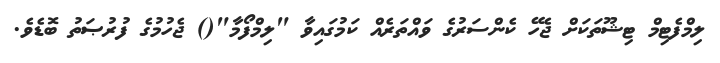
ލިމްފެޓިމް ޓިޝޫތަކަށް ޖެހޭ ކެންސަރުގެ ވައްތަރެއް ކަމުގައިވާ "ލިމްފޯމާ"() ޖެހުމުގެ ފުރުޞަތު ބޮޑެވެ.